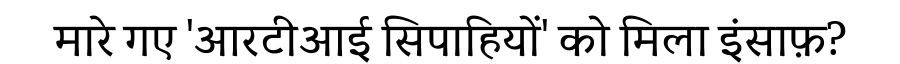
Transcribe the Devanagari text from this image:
मारे गए 'आरटीआई सिपाहियों' को मिला इंसाफ़?